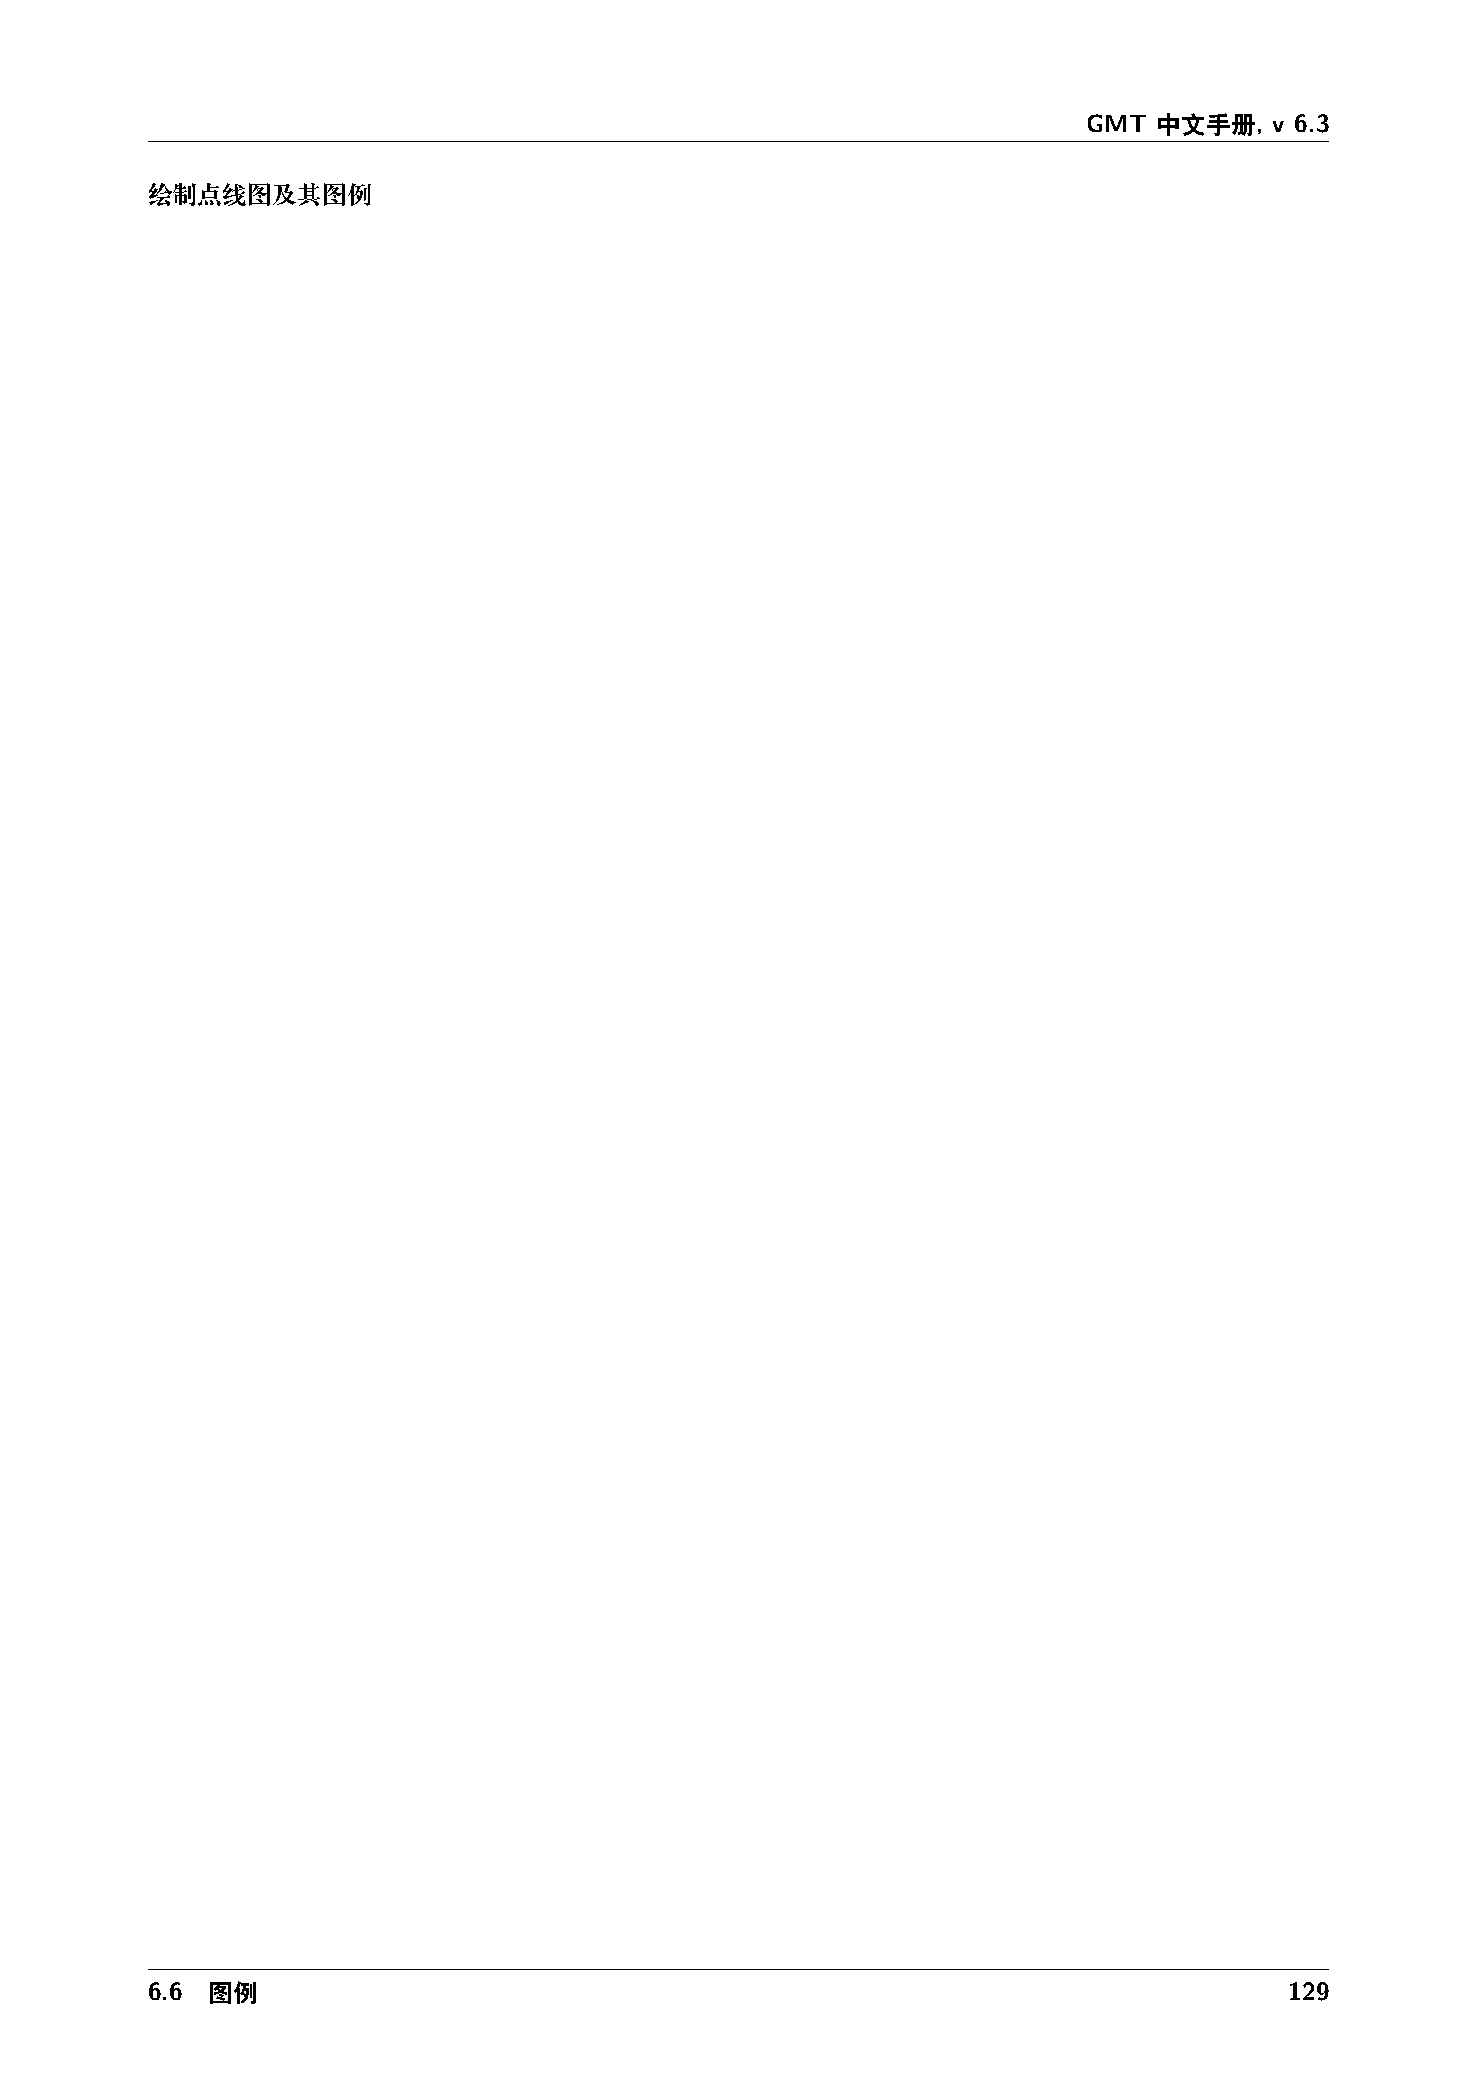
GMT  中文手册,  v 6.3
 绘制点线图及其图例
 6.6 图例                                                                     129